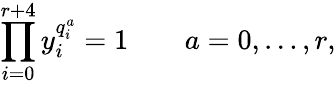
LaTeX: \prod_{i=0}^{r+4}y_{i}^{q_{i}^{a}}=1\qquad a=0,\ldots,r,